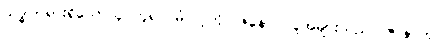
သဒ္ဓါတရားရှိသောသူ ဟူ၍။ မံ၊ ငါ့ကို။ ဇနော၊ လူအများသည်။ ဇာနာတု၊